Language: tamil
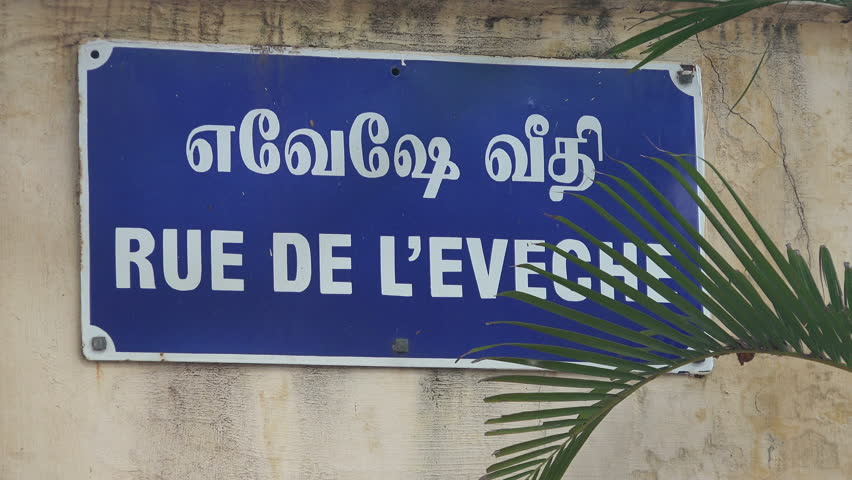
Transcription: வீதி எவேஷே